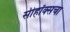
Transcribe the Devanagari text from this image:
सीहॉक्सचा